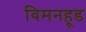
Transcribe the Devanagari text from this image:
विमनहूड